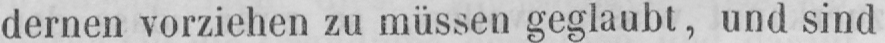
dernen vorziehen zu müssen geglaubt, und sind